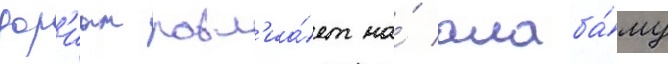
дор'иан повл'иа́ет на́ алаба́му